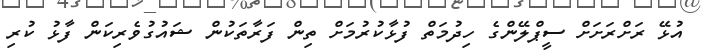
އުޅޭ ރަށްރަށަށް ސީޕްލޭންގެ ހިދުމަތް ފުޅާކުރުމަށް ތިން ފަރާތަކުން ޝައުގުވެރިކަން ފާޅު ކުރި